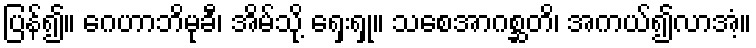
ပြန်၍။ ဂေဟာဘိမုခီ၊ အိမ်သို့ ရှေးရှု။ သစေအာဂစ္ဆတိ၊ အကယ်၍လာအံ့။